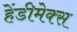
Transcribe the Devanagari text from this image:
हेंडीमेक्स